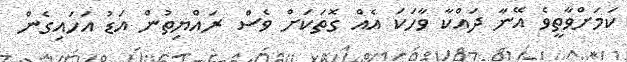
ކަމަށްވާތީވެ އޭނާ ދައްކާ ވާހަކަ އެއް ގޮތަކަށް ވެސް ރައްޔިތުން އަޑު އަހައިގެން